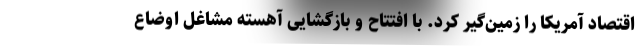
اقتصاد آمریکا را زمین‌گیر کرد. با افتتاح و بازگشایی آهسته مشاغل اوضاع